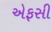
એફસી